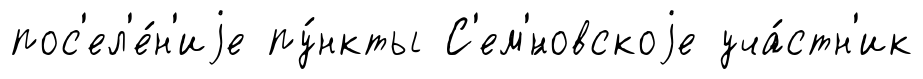
пос'ел'е́н'иjе пу́нкты С'ем'́новскоjе уча́стн'ик